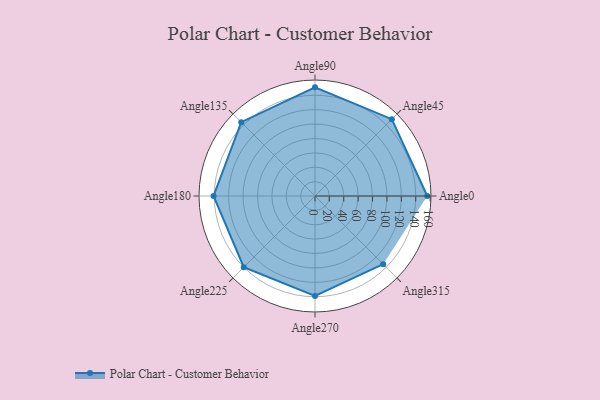
{"axis": {"x": "Angle", "y": "Radius"}, "legend": [""], "data": [{"x": "Angle0", "y": 156.0, "type": ""}, {"x": "Angle45", "y": 151.0, "type": ""}, {"x": "Angle90", "y": 151.0, "type": ""}, {"x": "Angle135", "y": 145.0, "type": ""}, {"x": "Angle180", "y": 141.0, "type": ""}, {"x": "Angle225", "y": 140.0, "type": ""}, {"x": "Angle270", "y": 139.0, "type": ""}, {"x": "Angle315", "y": 134.0, "type": ""}]}